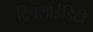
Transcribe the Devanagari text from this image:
ट्रिपलोईडिटी